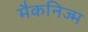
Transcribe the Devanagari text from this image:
मैकनिज्म